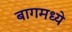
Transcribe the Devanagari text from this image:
बागमध्ये